Scottish Leaving Certificate Examination, 1954
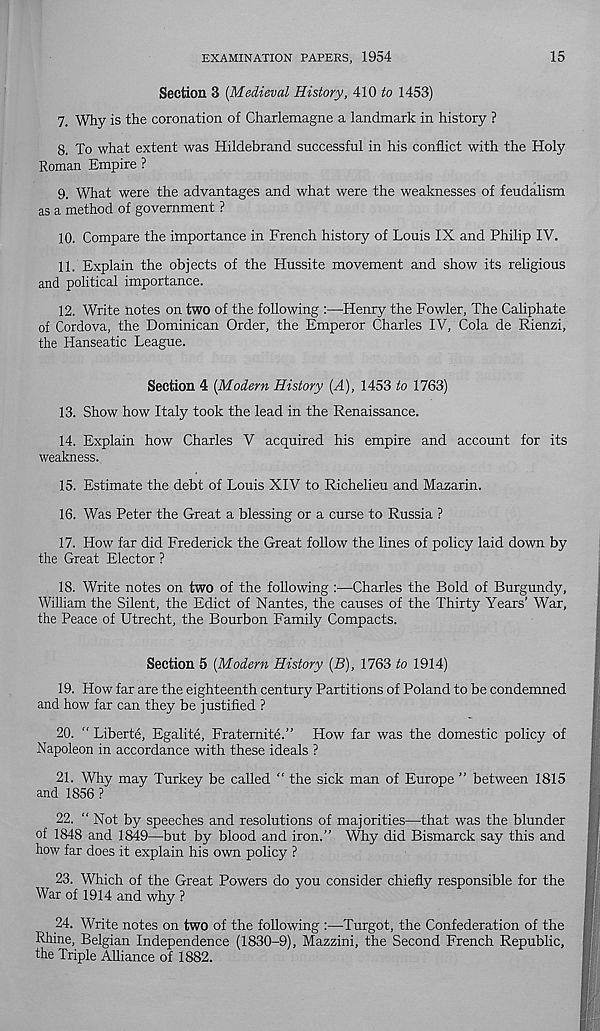
EXAMINATION PAPERS, 1954
15
Section 3 [Medieval History, 410 to 1453)
7. Why is the coronation of Charlemagne a landmark in history ?
8. To what extent was Hildebrand successful in his conflict with the Holy
Roman Empire ?
9. What were the advantages and what were the weaknesses of feudalism
as a method of government ?
10. Compare the importance in French history of Louis IX and Philip IV.
11. Explain the objects of the Hussite movement and show its religious
and political importance.
12. Write notes on two of the following :—Henry the Fowler, The Caliphate
of Cordova, the Dominican Order, the Emperor Charles IV, Cola de Rienzi,
the Hanseatic League.
Section 4 [Modern History [A), 1453 to 1763)
13. Show how Italy took the lead in the Renaissance.
14. Explain how Charles V acquired his empire and account for its
weakness.
15. Estimate the debt of Louis XIV to Richelieu and Mazarin.
16. Was Peter the Great a blessing or a curse to Russia ?
17. How far did Frederick the Great follow the lines of policy laid down by
the Great Elector ?
18. Write notes on two of the following :—Charles the Bold of Burgundy,
William the Silent, the Edict of Nantes, the causes of the Thirty Years’ War,
the Peace of Utrecht, the Bourbon Family Compacts.
Section 5 [Modern History [B), 1763 to 1914)
19. How far are the eighteenth century Partitions of Poland to be condemned
and how far can they be justified ?
20. “ Liberte, Egalite, Fratemite.” How far was the domestic policy of
Napoleon in accordance with these ideals ?
21. Why may Turkey be called “ the sick man of Europe ” between 1815
and 1856 ?
22. “ Not by speeches and resolutions of majorities—that was the blunder
of 1848 and 1849—but by blood and iron.” Why did Bismarck say this and
how far does it explain his own policy ?
23. Which of the Great Powers do you consider chiefly responsible for the
War of 1914 and why ?
24. Write notes on two of the following :—Turgot, the Confederation of the
Rhine, Belgian Independence (1830-9), Mazzini, the Second French Republic,
the Triple Alliance of 1882.